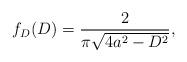
LaTeX: \begin{align*}f_D(D)=\frac{2}{\pi\sqrt{4a^2-D^2}},\end{align*}